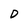
Character: D